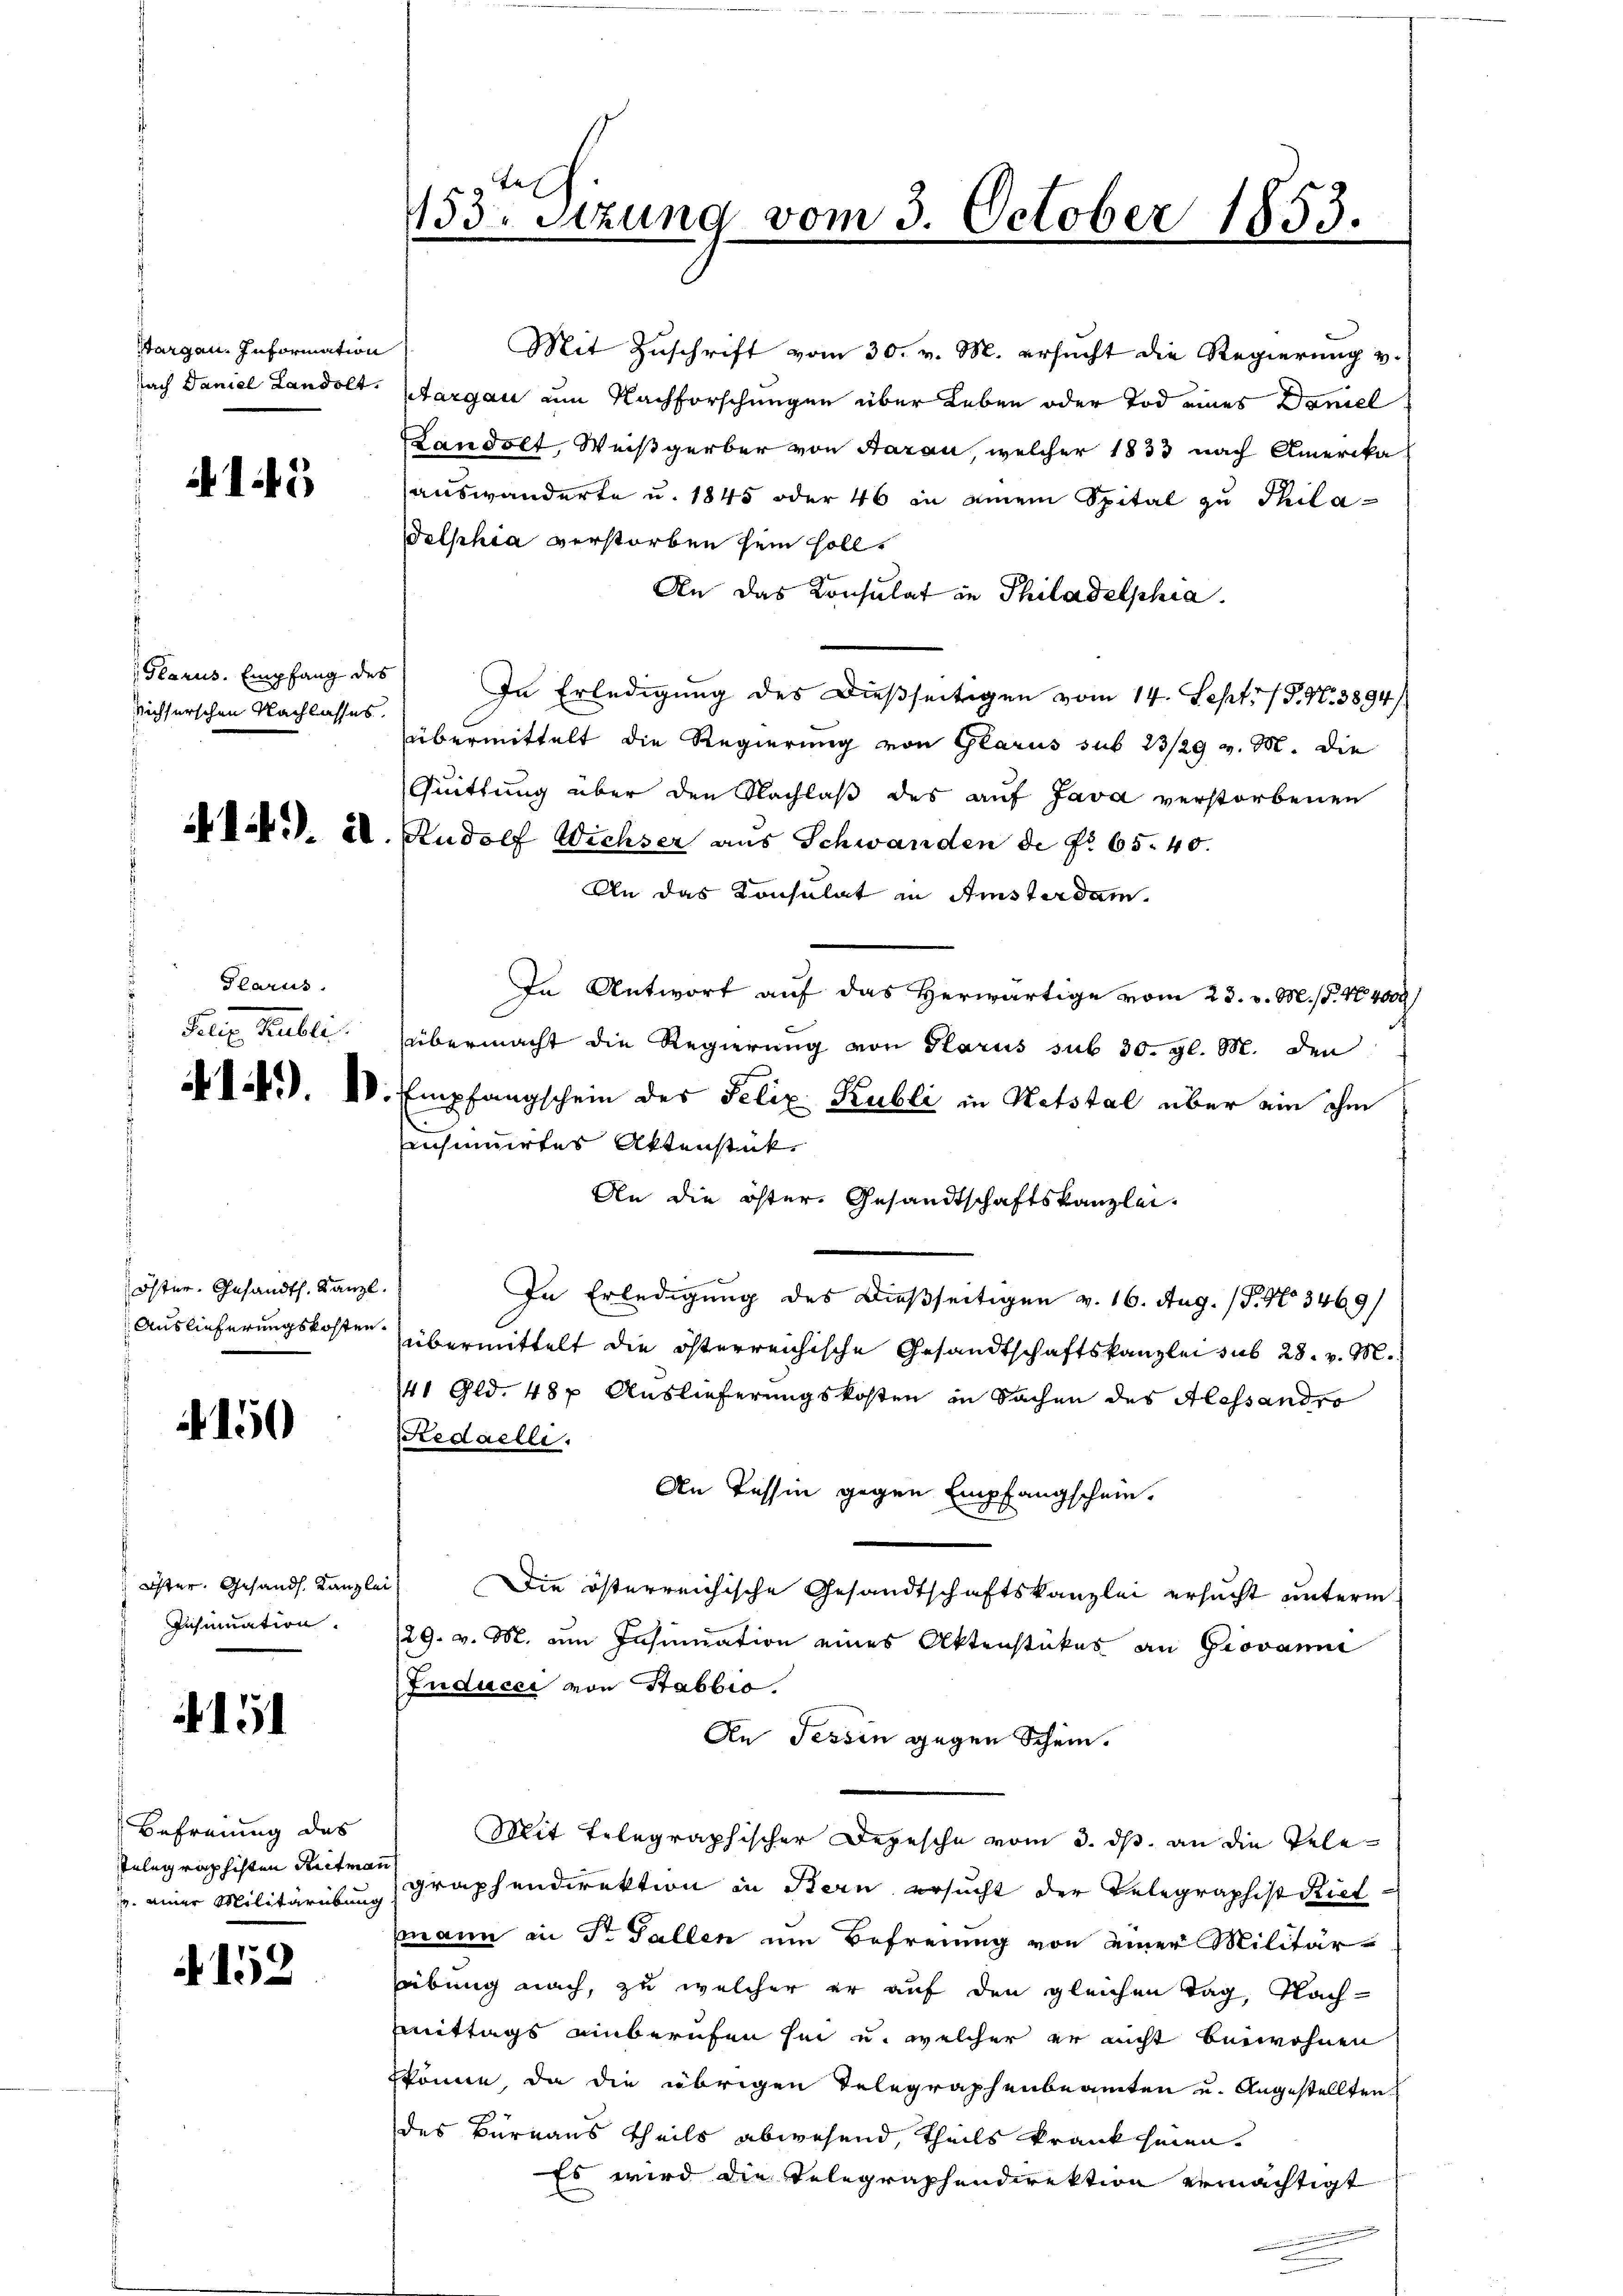
Stargen. Information
Nach Daniel Landolt.

15

(Glarus. Empfang des
sichterschen Nachlasses.

AI. 2

Plarus.
Feuer Halle

öster. Gesandth. Kanzl.
Auslieferungskosten.

A 150

Öster. Gesandt. Kanzlei
Insinuation.

151

Befreiung des
Telegraphisten Reitmai
i einer Militäribung

A 152

Mit Zuschrift vom 30. v. M. ersucht die Regierung v.
Aargau am Nachforschungen über Leben oder Tod eines Daniel
Landolt, Weißgerber von Aarau, welcher 1833 nach Amerika
auswanderte u. 1845 oder 46 in einem Spital zu Phila¬
Delphia verstorben sein soll.
An das Konsulat in Philadelphia
In Erledigung des Dießseitigen vom 14. Sept. 19. N. 3894/
übermittelt die Regierung von Glarus sub 23/29 v. M. die
Quittung über den Nachlaβ des auf Java verstorbenen
Rudolf Wichser aus Schwanden de No 65. 40.
An das Konsulat in Amsterdam.
In Antwort auf das Herwärtige vom 23. v. M. (T. 44000
übermacht die Regierung von Glarus sub 30. gl. M. den
 d d. d. IV. Empfangschein des Felix Kubli in Notstal über ein ihm
insumirtes Aktenstück
An die öster. Gesandtschaftskanzlei.
In Erledigung des dießseitigen v. 16. Aug. (T. No 3469/
übermittelt die österreichische Gesandtschaftskanzlei sub 28. v. M.
41 Gld. 48 p Auslieferungskosten in Sachen des Alessandro
Redaelli.
An Tessin gegen Empfangschein.
) Die österreichische Gesandtschaftskanzlei ersucht unterm
129. v. M. um Insinuation eines Aktenstückes an Giovanne
Inducei von Stabbio.
An Tessin gegen Schein.
Mit Telegraphischer Depesche vom 3. ds. an die Telegraphendirektion in Stern ersucht der Telegraphist Rietmmann in Dr. Gallen um Befreiung von einer Militär-
sübung nach, zu welcher er auf den gleichen Tag, Nach-
Mittags einberufen sei u. welcher er nicht beiwohnen
könne, da die übrigen Telegraphenbeamten und Angestellten
des Burnaus theils abwesend, theils krankheien.
Es wird die Telegraphendirektion gemächtigt

1153. Sitzung vom 3. October 1853.